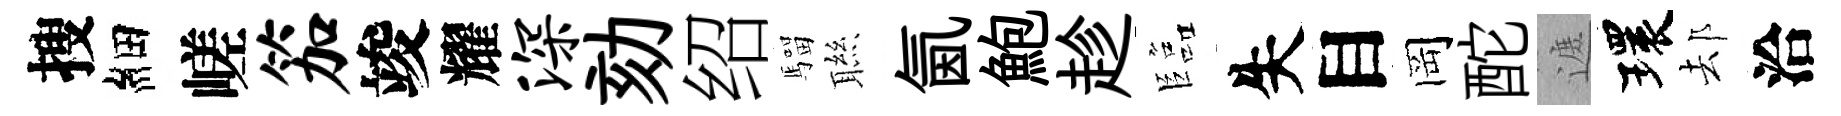
搜細嵯笳竣耀深劾绍騮聮氤鮑趁臨失目岡酡遮環𨚫洽